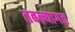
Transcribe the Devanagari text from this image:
तबल्यागत